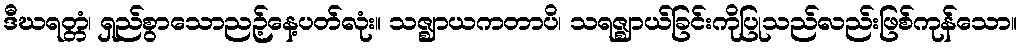
ဒီဃရတ္တံ၊ ရှည်စွာသောညဉ့်နေ့ပတ်လုံး။ သဇ္ဈာယကတာပိ၊ သရဇ္ဈာယ်ခြင်းကိုပြုသည်လည်းဖြစ်ကုန်သော။